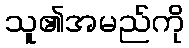
သူ၏အမည်ကို